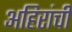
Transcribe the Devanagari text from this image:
अहिरांची